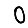
Digit: 0